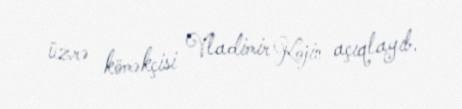
üzrə köməkçisi Vladimir Kojin açıqlayıb.